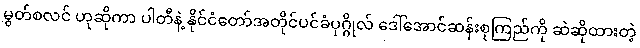
မွတ်စလင် ဟုဆိုကာ ပါတီနဲ့ နိုင်ငံတော်အတိုင်ပင်ခံပုဂ္ဂိုလ် ဒေါ်အောင်ဆန်းစုကြည်ကို ဆဲဆိုထားတဲ့